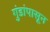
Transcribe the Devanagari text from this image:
गुंडांपासून